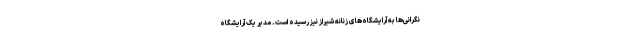
نگرانی‌ها به آرایشگاه‌های زنانه شیراز نیز رسیده است. مدیر یک آرایشگاه